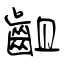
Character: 齟